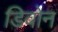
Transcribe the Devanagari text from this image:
डिवोन